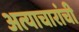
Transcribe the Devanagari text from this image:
अत्याचारांची